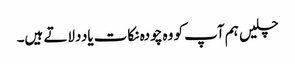
چلیں ہم آپ کو وہ چودہ نکات یاددلاتے ہیں۔